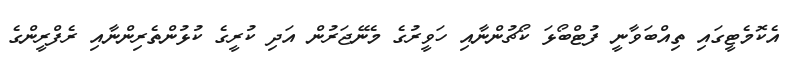
އެކޮމެޓީގައި ތިއްބަވާނީ ފުޓްބޯޅަ ކޯޗުންނާއި ހަވީރުގެ މެނޭޖަރުން އަދި ކުރީގެ ކުޅުންތެރިންނާއި ރެފްރީންގެ